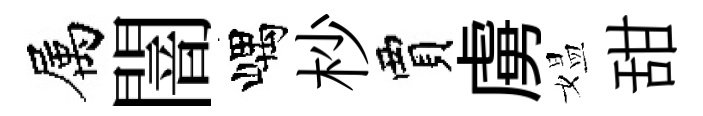
属闇嵎杪賈虜媪甜